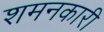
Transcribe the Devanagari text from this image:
शमनकारी